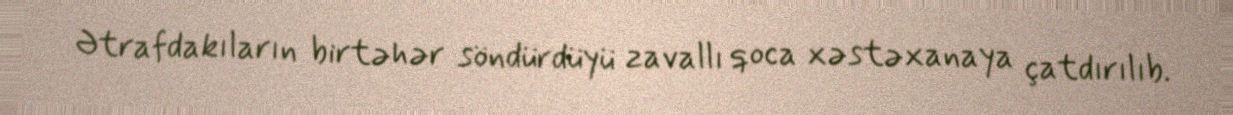
Ətrafdakıların birtəhər söndürdüyü zavallı qoca xəstəxanaya çatdırılıb.